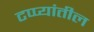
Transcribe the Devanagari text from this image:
टप्प्यांतील